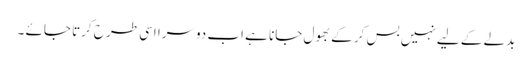
بدلے کے لیے نہیں بس کر کے بھول جانا ہے اب دوسرا اسی طرح کرتا جائے ۔